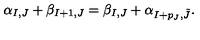
\alpha _ { I , J } + \beta _ { I + 1 , J } = \beta _ { I , J } + \alpha _ { I + p _ { J } , \tilde { J } } .